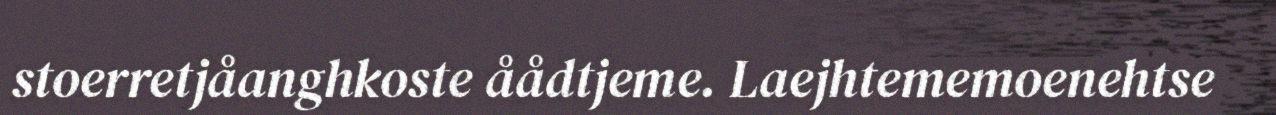
stoerretjåanghkoste åådtjeme. Laejhtememoenehtse